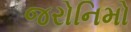
જરોનિમો